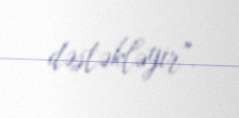
dəstəkləyir".